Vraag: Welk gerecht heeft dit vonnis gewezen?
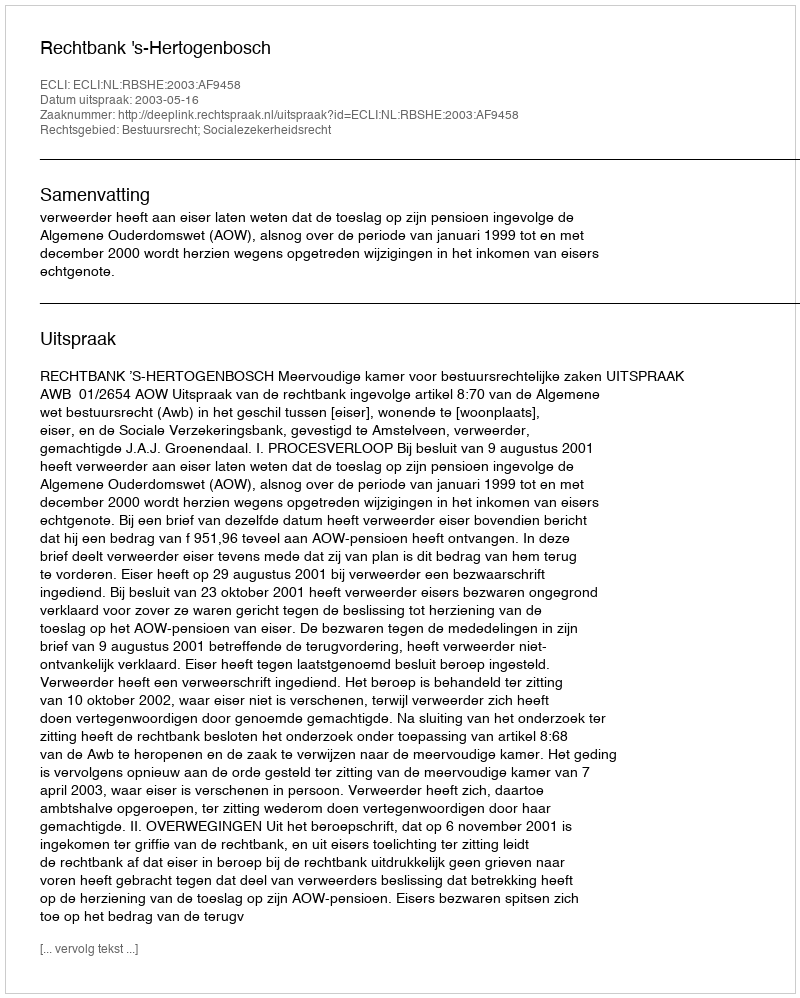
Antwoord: Rechtbank 's-Hertogenbosch